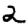
Digit: 2